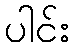
ပါင်း